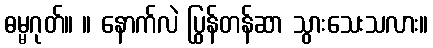
ဓမ္မဂုတ်။ ။ နောက်လဲ ပြွန်တန်ဆာ သွားသေးသလား။